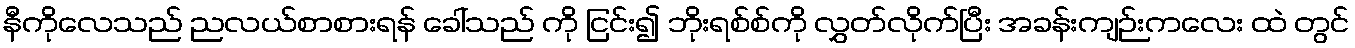
နီကိုလေသည် ညလယ်စာစားရန် ခေါ်သည် ကို ငြင်း၍ ဘိုးရစ်စ်ကို လွှတ်လိုက်ပြီး အခန်းကျဉ်းကလေး ထဲ တွင်